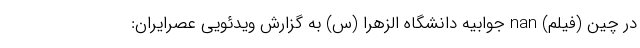
در چین (فیلم) nan جوابیه دانشگاه الزهرا (س) به گزارش ویدئویی عصرایران: